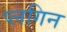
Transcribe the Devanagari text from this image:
प्लगिन